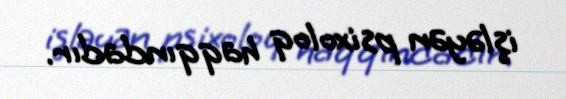
işləyən psixoloq haqqındadır.